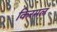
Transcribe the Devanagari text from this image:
किरमल